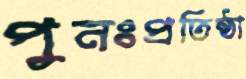
পুনঃপ্রতিষ্ঠা